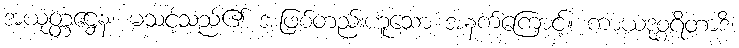
အယုတ္တဋ္ဌေန၊ မသင့်သည်၏ အဖြစ်တည်းဟူသော အနက်ကြောင့်။ ကာယဒုစ္စရိတာဒိ၊